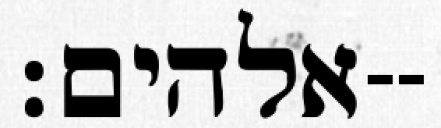
אלהים׃--